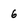
Character: 6